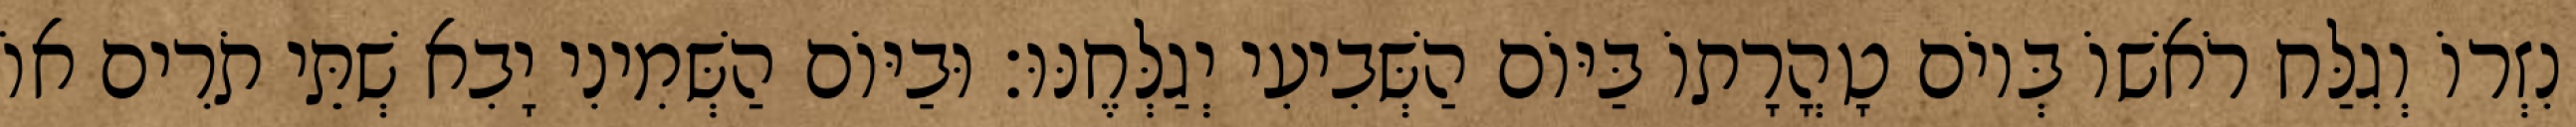
נִזְרוֹ וְגִלַּח רֹאשׁוֹ בְּיוֹם טָהֳרָתוֹ בַּיּוֹם הַשְּׁבִיעִי יְגַלְּחֶנּוּ׃ וּבַיּוֹם הַשְּׁמִינִי יָבִא שְׁתֵּי תֹרִים אוֹ